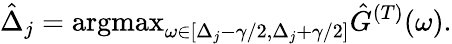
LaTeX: \hat{\Delta}_{j}=\mathrm{argmax}_{\omega\in[\Delta_{j}-\gamma/2,\Delta_{j}+\gamma/2]}\hat{G}^{(T)}(\omega).